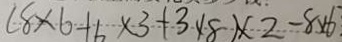
( 8 \times 6 - 6 \times 3 + 3 \times 8 ) \times 2 - 8 \times 6